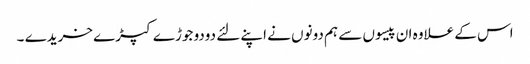
اس کے علاوہ ان پیسوں سے ہم دونوں نے اپنے لئے دودو جوڑے کپڑے خریدے ۔